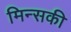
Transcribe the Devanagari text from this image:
मिन्सकी